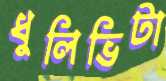
ধুলিভিটা